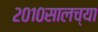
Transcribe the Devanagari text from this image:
२०१०सालच्या